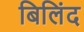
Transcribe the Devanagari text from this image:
बिलिंद